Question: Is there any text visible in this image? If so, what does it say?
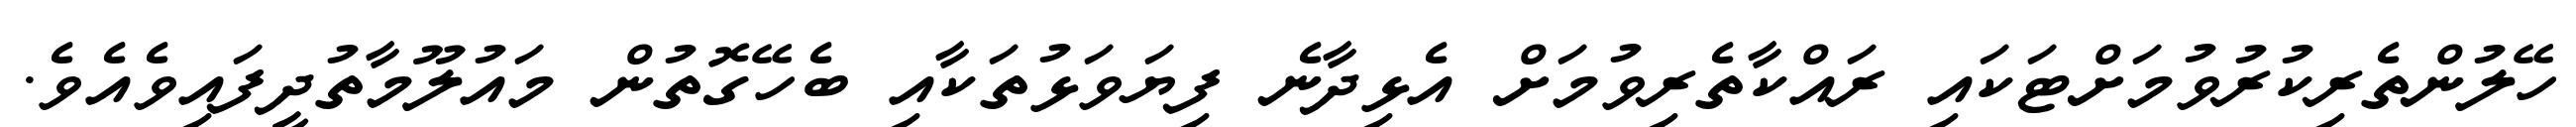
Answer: ހޭލުންތެރިކުރުވުމަށްޓަކައި ރައްކާތެރިވުމަށް އެޅިދާނެ ފިޔަވަޅުތަކާއި ބެހޭގޮތުން މައުލޫމާތުދީފައިވެއެވެ.